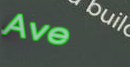
Ave